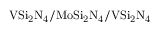
\mathrm { V S i _ { 2 } N _ { 4 } / M o S i _ { 2 } N _ { 4 } / V S i _ { 2 } N _ { 4 } }